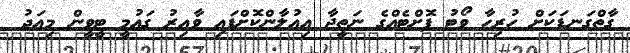
ގާތްގަނޑަކަށް ހުރިހާ ވޯޓު ފޮށްޓެއްގެ ނަތީޖާ އިއުލާންކޮށްފައި ވާއިރު ގައުމީ ޓީވީން މިއަދު